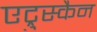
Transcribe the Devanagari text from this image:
एट्रुस्कैन